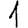
Digit: 1